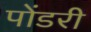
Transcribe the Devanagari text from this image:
पोंडरी